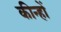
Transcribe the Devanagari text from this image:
कीन्हों